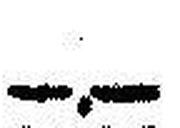
—.—